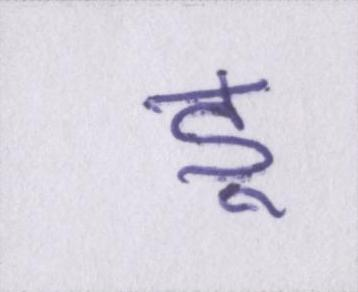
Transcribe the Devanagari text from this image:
डू